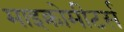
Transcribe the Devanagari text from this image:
माइक्रोमीटर्स